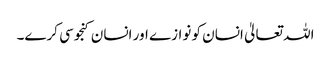
اللہ تعالیٰ انسان کو نوازے اور انسان کنجوسی کرے۔